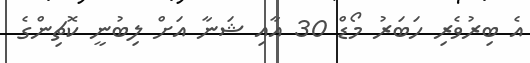
އެ ބިރުވެރި ހަބަރު މޯޑް 30 އާއި ޝަނާ އަށް ލިބުނީ ކޮޗިންގެ